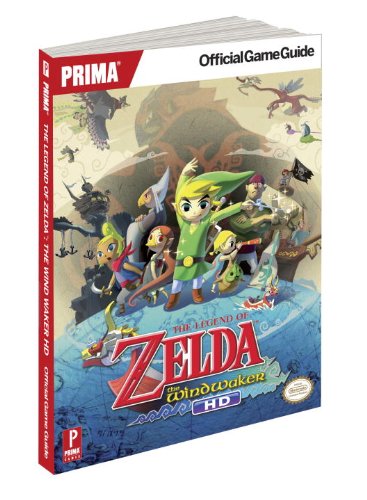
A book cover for Legend of Zelda: The Wind Waker: Prima Official Game Guide (Prima Official Game Guides); Stephen Stratton; Computers & Technology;